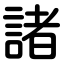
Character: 諸